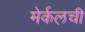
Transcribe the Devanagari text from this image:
मेर्कलची